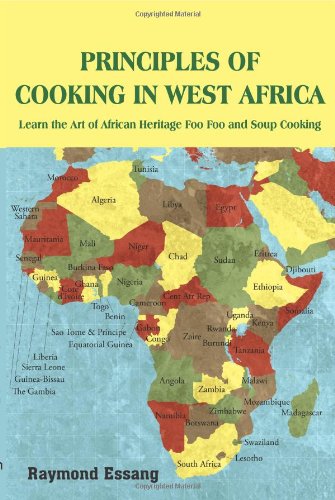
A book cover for PRINCIPLES OF COOKING IN WEST AFRICA: Learn the Art of African Heritage Foo Foo and Soup Cooking; Raymond Essang; Cookbooks, Food & Wine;